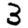
Digit: 3